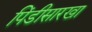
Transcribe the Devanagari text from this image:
पिंडीसारखा